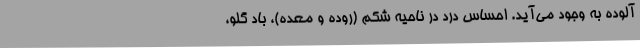
آلوده به وجود می‌آید. احساس درد در ناحیه شکم (روده و معده)، باد گلو،